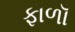
ફાળૉ